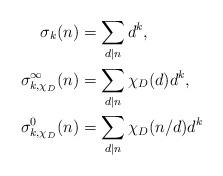
LaTeX: \begin{align*}\sigma_{k}(n)&=\sum_{d|n}d^{k},\\\sigma_{k,\chi_{D}}^{\infty}(n)&=\sum_{d|n}\chi_{D}(d)d^{k},\\\sigma_{k,\chi_{D}}^{0}(n)&=\sum_{d|n}\chi_{D}(n/d)d^{k}\end{align*}